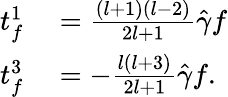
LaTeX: \begin{array}{rl}{t_{f}^{1}}&{{}=\frac{(l+1)(l-2)}{2l+1}\hat{\gamma}f}\\ {t_{f}^{3}}&{{}=-\frac{l(l+3)}{2l+1}\hat{\gamma}f.}\end{array}